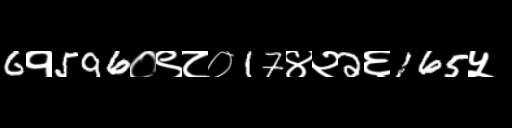
Text: 6१596०९८०17४२2६165५